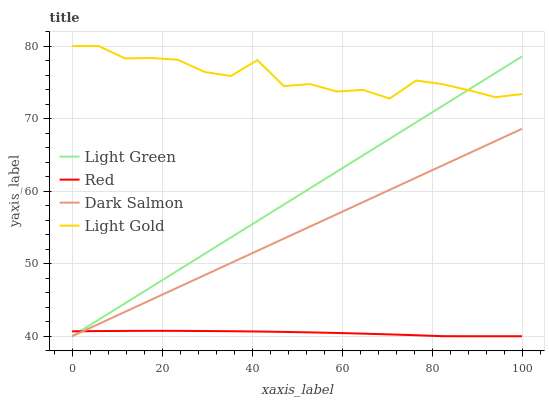
| xaxis_label | Light Green | Red | Dark Salmon | Light Gold |
 | --- | --- | --- | --- | --- |
 | 0 | 40 | 40.7 | 40 | 80 |
 | 5.88 | 42.3 | 40.7 | 41.7 | 80 |
 | 11.8 | 44.5 | 40.7 | 43.4 | 78.3 |
 | 17.6 | 46.8 | 40.7 | 45 | 78.3 |
 | 23.5 | 49.1 | 40.7 | 46.7 | 78.1 |
 | 29.4 | 51.3 | 40.7 | 48.4 | 76.4 |
 | 35.3 | 53.6 | 40.7 | 50.1 | 75.9 |
 | 41.2 | 55.9 | 40.7 | 51.8 | 78.1 |
 | 47.1 | 58.1 | 40.6 | 53.5 | 74.5 |
 | 52.9 | 60.4 | 40.5 | 55.1 | 74.7 |
 | 58.8 | 62.7 | 40.5 | 56.8 | 73.7 |
 | 64.7 | 64.9 | 40.4 | 58.5 | 74 |
 | 70.6 | 67.2 | 40.3 | 60.2 | 72.8 |
 | 76.5 | 69.5 | 40.1 | 61.9 | 75.2 |
 | 82.4 | 71.8 | 40 | 63.5 | 74.7 |
 | 88.2 | 74 | 40 | 65.2 | 73.9 |
 | 94.1 | 76.3 | 40 | 66.9 | 72.9 |
 | 100 | 78.6 | 40 | 68.6 | 73.4 |